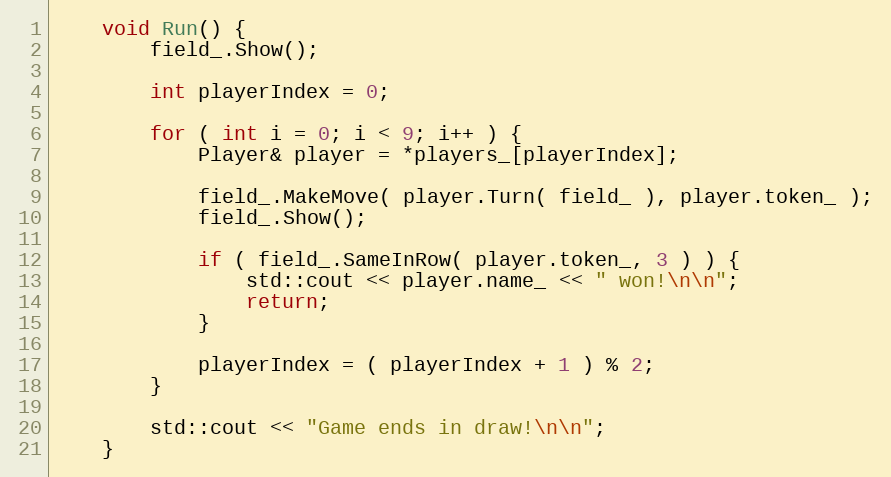
Language: C
	void Run() {
		field_.Show();

		int playerIndex = 0;

		for ( int i = 0; i < 9; i++ ) {
			Player& player = *players_[playerIndex];

			field_.MakeMove( player.Turn( field_ ), player.token_ );
			field_.Show();

			if ( field_.SameInRow( player.token_, 3 ) ) {
				std::cout << player.name_ << " won!\n\n";
				return;
			}

			playerIndex = ( playerIndex + 1 ) % 2;
		}

		std::cout << "Game ends in draw!\n\n";
	}